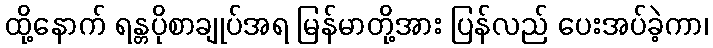
ထို့နောက် ရန္တပိုစာချုပ်အရ မြန်မာတို့အား ပြန်လည် ပေးအပ်ခဲ့ကာ၊